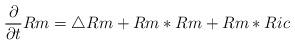
LaTeX: \begin{align*}\frac{\partial}{\partial t}Rm=\triangle Rm+Rm*Rm+Rm*Ric\end{align*}